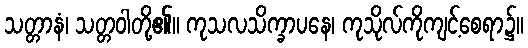
သတ္တာနံ၊ သတ္တဝါတို့၏။ ကုသလသိက္ခာပနေ၊ ကုသိုလ်ကိုကျင့်စေရာ၌။